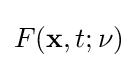
F(\mathbf {x} ,t;\nu )